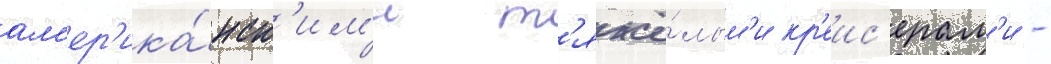
ам'ер'ика́нск'им'и т'яжё́лым'и кр'еис'ерам'и -